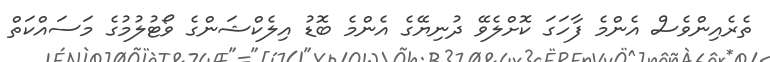
ތެރެއިންވެސް އެންމެ ފާހަގަ ކޮށްލެވޭ ދުނިޔޭގެ އެންމެ ބޮޑު އިލެކްޝަންގެ ވޯޓުލުމުގެ މަސައްކަތް